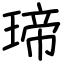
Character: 𤧛